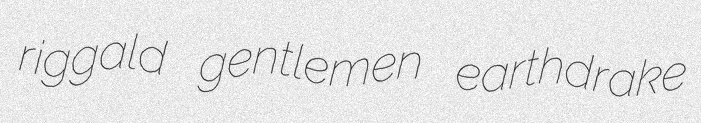
riggald gentlemen earthdrake